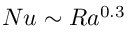
N u \sim R a ^ { 0 . 3 }